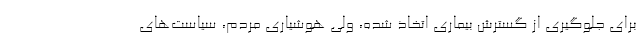
برای جلوگیری از گسترش بیماری اتخاذ شده، ولی هوشیاری مردم، سیاست‌های